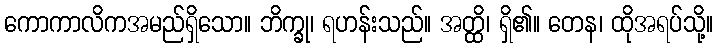
ကောကာလိကအမည်ရှိသော။ ဘိက္ခု၊ ရဟန်းသည်။ အတ္ထိ၊ ရှိ၏။ တေန၊ ထိုအရပ်သို့။